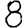
Digit: 8